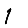
Digit: 1